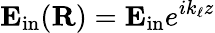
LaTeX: \mathbf E_{\mathrm{in}}(\mathbf R)=\mathbf E_{\mathrm{in}}e^{ik_{\ell}z}